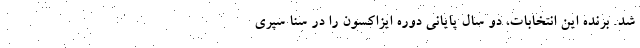
شد. برنده این انتخابات، دو سال پایانی دوره ایزاکسون را در سنا سپری